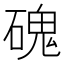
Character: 磈